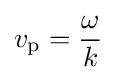
v_{\mathrm {p} }={\frac {\omega }{k}}